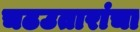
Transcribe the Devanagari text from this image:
चढउतारांचा